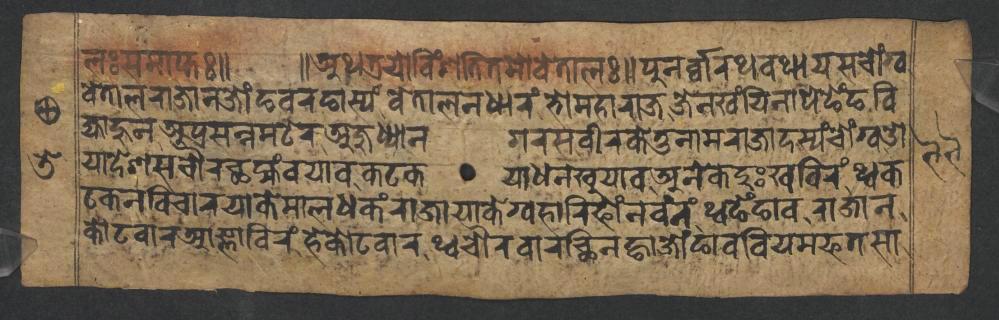
𑐮𑑅𑐳𑐩𑐵𑐥𑑂𑐟𑑅𑑌 𑑌𑐀𑐠𑐟𑑂𑐬𑐫𑑀𑐰𑐶𑑄𑐳𑐟𑐶𑐟𑐩𑑀𑐰𑐾𑐟𑐵𑐮𑑅𑑌𑐥𑐸𑐣𑐬𑑂𑐰𑑂𑐰𑐵𑐬𑐠𑐰𑐠𑐵𑐫𑐳𑐔𑑀𑑄𑐐𑑂𑐰 𑐰𑐾𑐟𑐵𑐮𑐬𑐵𑐖𑐵𑐣𑐖𑑀𑑄𑐒𑐰𑐬𑐒𑐵𑐳𑑂𑐫𑑄𑐰𑐾𑐟𑐵𑐮𑐣𑐢𑐵𑐬𑑄𑐨𑑀𑐩𑐴𑐵𑐬𑐵𑐖𑐖𑐾𑐣𑐏𑑄𑐫𑐶𑐣𑐵𑐥𑐾𑐒𑐾𑑄𑐒𑐧𑐶 𑐖𑑂𑐫𑐵𑐴𑐸𑐣𑐀𑐥𑑂𑐬𑐳𑐣𑑂𑐣𑐩𑐚𑐾𑐬𑐀𑐖𑐸𑐢𑑂𑐫𑐵𑐣𑐐𑐬𑐳𑐰𑐷𑐬𑐎𑐾𑐟𑐸𑐣𑐵𑐩𑐬𑐵𑐖𑐵𑐡𑐳𑑂𑐫𑑄𑐔𑑀𑑄𑐐𑑂𑐰𑐌 𑐫𑐵𑐡𑐾𑐱𑐳𑐔𑑁𑐬𑐕𑐩𑑂𑐴𑑄𑐰𑐫𑐵𑐰𑐎𑐚𑐎𑐫𑐵𑐢𑐣𑐏𑐸𑐫𑐵𑐰𑐀𑐣𑐾𑐎𑐡𑐸𑑅𑐏𑐧𑐶𑐬𑑄𑐠𑑂𑐰𑐎 𑐚𑐎𑐣𑐰𑐶𑐔𑐵𑐬𑐫𑐵𑐎𑐾𑐩𑐵𑐮𑐢𑐎𑑄𑐬𑐵𑐖𑐵𑐫𑐵𑐎𑐾𑐐𑑂𑐰𑐴𑐵𑐬𑐶𑐦𑑀𑑄𑐣𑐰𑐣𑑄𑐠𑑂𑐰𑐒𑐾𑑄𑐒𑐵𑐰𑐬𑐵𑐖𑐵𑐣 𑐎𑑀𑐚𑐰𑐵𑐬𑐁𑐖𑑂𑐘𑐵𑐧𑐶𑐬𑑄𑐴𑐾𑐎𑑀𑐚𑐰𑐵𑐬𑐠𑑂𑐰𑐔𑑁𑐬𑐧𑐵𑐬𑐕𑐶𑐣𑐒𑑂𑐴𑐵𑐖𑑀𑑄𑐒𑐵𑐰𑐧𑐶𑐫𑐩𑐦𑐟𑐳𑐵